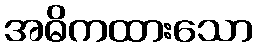
အဓိကထားသော